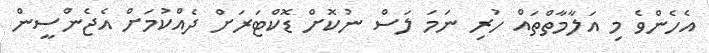
އެހެންވެ މި އަލާމާތްތައް ހުރި ނަމަ ލަސް ނުކޮށް ޑޮކްޓަރަށް ދެއްކުމަށް އެޖެންސީން